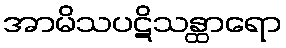
အာမိသပဋိသန္ထာရော